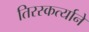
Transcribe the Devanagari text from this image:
तिरस्कर्त्याने